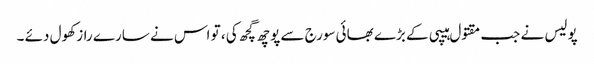
پولیس نے جب مقتول ہیپی کے بڑے بھائی سورج سے پوچھ گچھ کی ، تو اس نے سارے راز کھول دئے ۔